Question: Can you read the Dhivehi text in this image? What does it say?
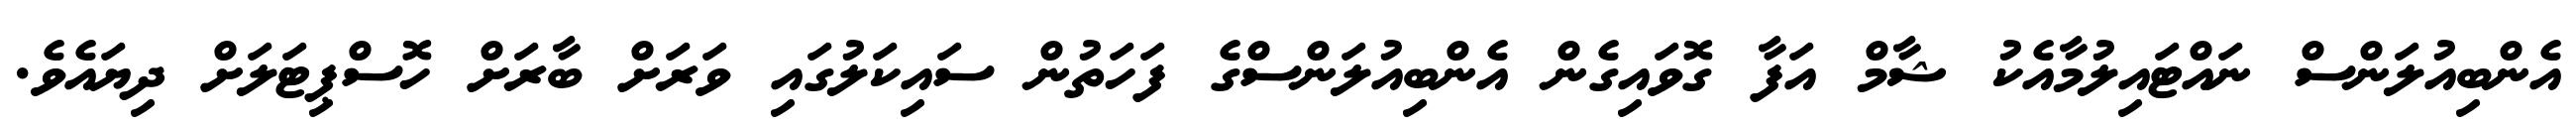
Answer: އެންބިއުލަންސް ނައްޓައިލުމާއެކު ޝާމް އަފާ ގޮވައިގެން އެންބިއުލަންސްގެ ފަހަތުން ސައިކަލުގައި ވަރަށް ބާރަށް ހޮސްޕިޓަލަށް ދިޔައެވެ.